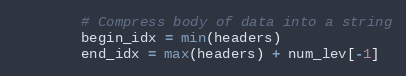
Language: Python
        # Compress body of data into a string
        begin_idx = min(headers)
        end_idx = max(headers) + num_lev[-1]